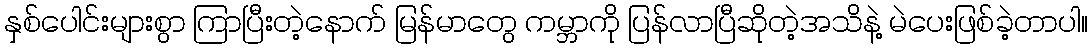
နှစ်ပေါင်းများစွာ ကြာပြီးတဲ့နောက် မြန်မာတွေ ကမ္ဘာကို ပြန်လာပြီဆိုတဲ့အသိနဲ့ မဲပေးဖြစ်ခဲ့တာပါ။